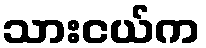
သားငယ်က